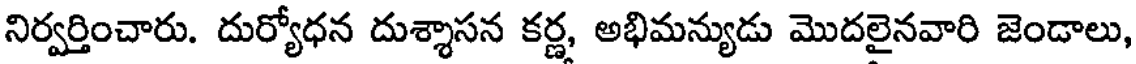
నిర్వర్తించారు. దుర్యోధన దుశ్శాసన కర్ణ, అభిమన్యుడు మొదలైనవారి జెండాలు,